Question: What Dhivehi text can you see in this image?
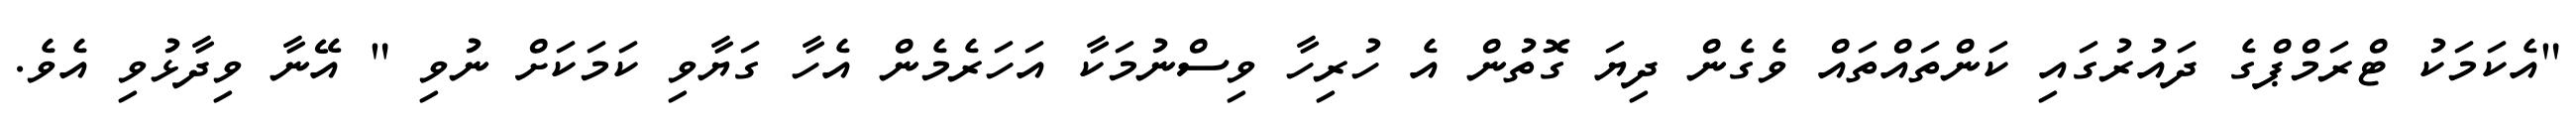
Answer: "އެކަމަކު ޓްރަމްޕްގެ ދައުރުގައި ކަންތައްތައް ވެގެން ދިޔަ ގޮތުން އެ ހުރިހާ ވިސްނުމަކާ އަހަރެމެން އެހާ ގަޔާވި ކަމަކަށް ނުވި " އޭނާ ވިދާޅުވި އެވެ.